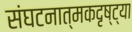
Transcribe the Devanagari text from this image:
संघटनात्मकदृष्ट्या